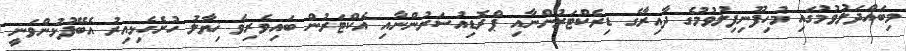
މިބައްދަލުވުމުގައި މުހިފޫނިފިލުވުމުގެ ދާއިރާގެ ޑިރެކްޓަރުންނާއި ޕްރޮޑިއުސަރުންނާއި އެކްޓަރުން ބައިވެރިވެ ޚިޔާލު ހުށެހެޅިއިރު އެބޭފުޅުންވަނީ